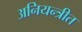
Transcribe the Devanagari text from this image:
अनियन्त्रीत